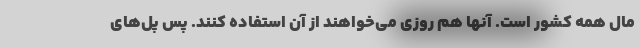
مال همه کشور است. آنها هم روزی می‌خواهند از آن استفاده کنند. پس پل‌های